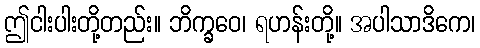
ဤငါးပါးတို့တည်း။ ဘိက္ခဝေ၊ ရဟန်းတို့။ အပါသာဒိကေ၊